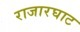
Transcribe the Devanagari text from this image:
राजारघाट